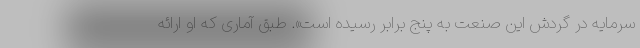
سرمایه در گردش این صنعت به پنج برابر رسیده است». طبق آماری که او ارائه